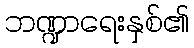
ဘဏ္ဍာရေးနှစ်၏